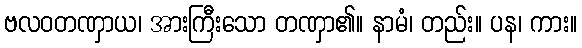
ဗလဝတဏှာယ၊ အားကြီးသော တဏှာ၏။ နာမံ၊ တည်း။ ပန၊ ကား။